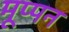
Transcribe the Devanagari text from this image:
मूप्पन